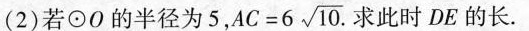
(2)若\odot O的半径为5，$$A C = 6 \sqrt { 1 0 }$$.求此时DE的长.